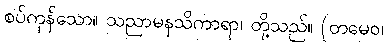
စပ်ကုန်သော။ သညာမနသိကာရာ၊ တို့သည်။ (တမေဝ၊